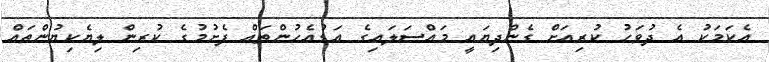
އެކަމަކު އެ ދުވަހު ކުރިއަށް ގެންދިޔައީ މައްސަލައިގެ އަޑުއެހުންތައް ފެށުމުގެ ކުރިން ލިޔެކިޔުންތައް